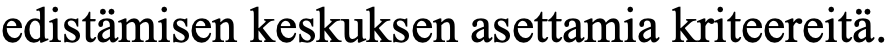
edistämisen keskuksen asettamia kriteereitä.